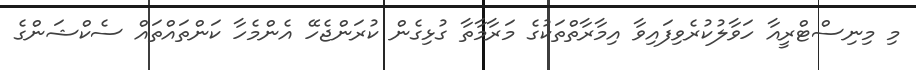
މި މިނިސްޓްރީއާ ހަވާލުކުރެވިފައިވާ އިމާރާތްތަކުގެ މަރާމާތާ ގުޅިގެން ކުރަންޖެހޭ އެންމެހާ ކަންތައްތައް ސެކްޝަންގެ